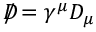
D \! \! \! \! / = \gamma ^ { \mu } D _ { \mu }